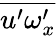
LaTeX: \overline{{u^{\prime}\omega_{x}^{\prime}}}